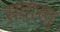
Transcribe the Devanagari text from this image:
सदास्तु